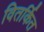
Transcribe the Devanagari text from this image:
वितर्कित